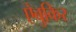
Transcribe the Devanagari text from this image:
ऐबुकिर